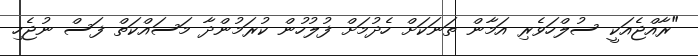
"ރާއްޖެއަކީ ސުލްހަވެރި އަމާން ތަނަކަށް ހެދުމަށް ފުލުހުން ކުރަމުންދާ މަސައްކަތް ފަސް ނުޖެހި